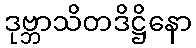
ဒုဗ္ဘာသိတဒိဋ္ဌိနော